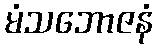
မံသဘောဇနံ